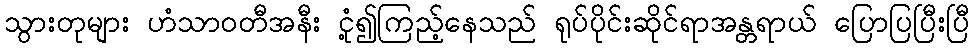
သွားတုများ ဟံသာဝတီအနီး ငုံ့၍ကြည့်နေသည် ရုပ်ပိုင်းဆိုင်ရာအန္တရာယ် ပြောပြပြီးပြီ